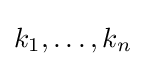
k_{1},\ldots ,k_{n}